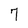
Character: 7